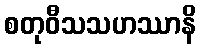
စတုဝီသသဟဿာနိ